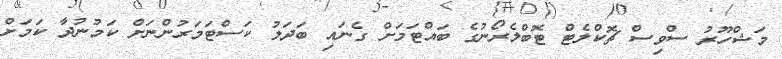
މަޝްހޫރު ސްވިސް ޗޮކްލެޓް ޓޮބްލެރޯނުގެ ބައްޓަމަށް ގެނައި ބަދަލު ކަސްޓަމަރުންނަށް ކަމުނުދާ ކަމަށް